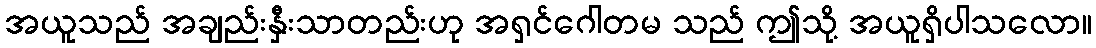
အယူသည် အချည်းနှီးသာတည်းဟု အရှင်ဂေါတမ သည် ဤသို့ အယူရှိပါသလော။